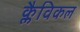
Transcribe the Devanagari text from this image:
क्लैविकल